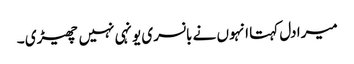
میرا دل کہتا انہوں نے بانسری یونہی نہیں چھیڑی ۔